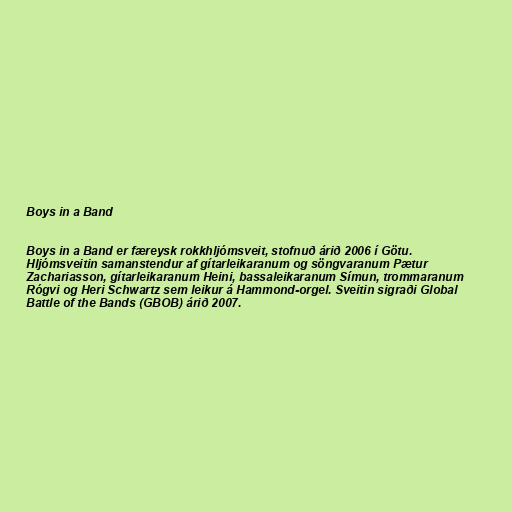
Boys in a Band

Boys in a Band er færeysk rokkhljómsveit, stofnuð árið 2006 í Götu.
Hljómsveitin samanstendur af gítarleikaranum og söngvaranum Pætur
Zachariasson, gítarleikaranum Heini, bassaleikaranum Símun, trommaranum
Rógvi og Heri Schwartz sem leikur á Hammond-orgel. Sveitin sigraði Global
Battle of the Bands (GBOB) árið 2007.